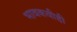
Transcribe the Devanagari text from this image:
भावकवीही